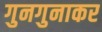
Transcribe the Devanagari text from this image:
गुनगुनाकर